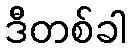
ဒီတစ်ခါ